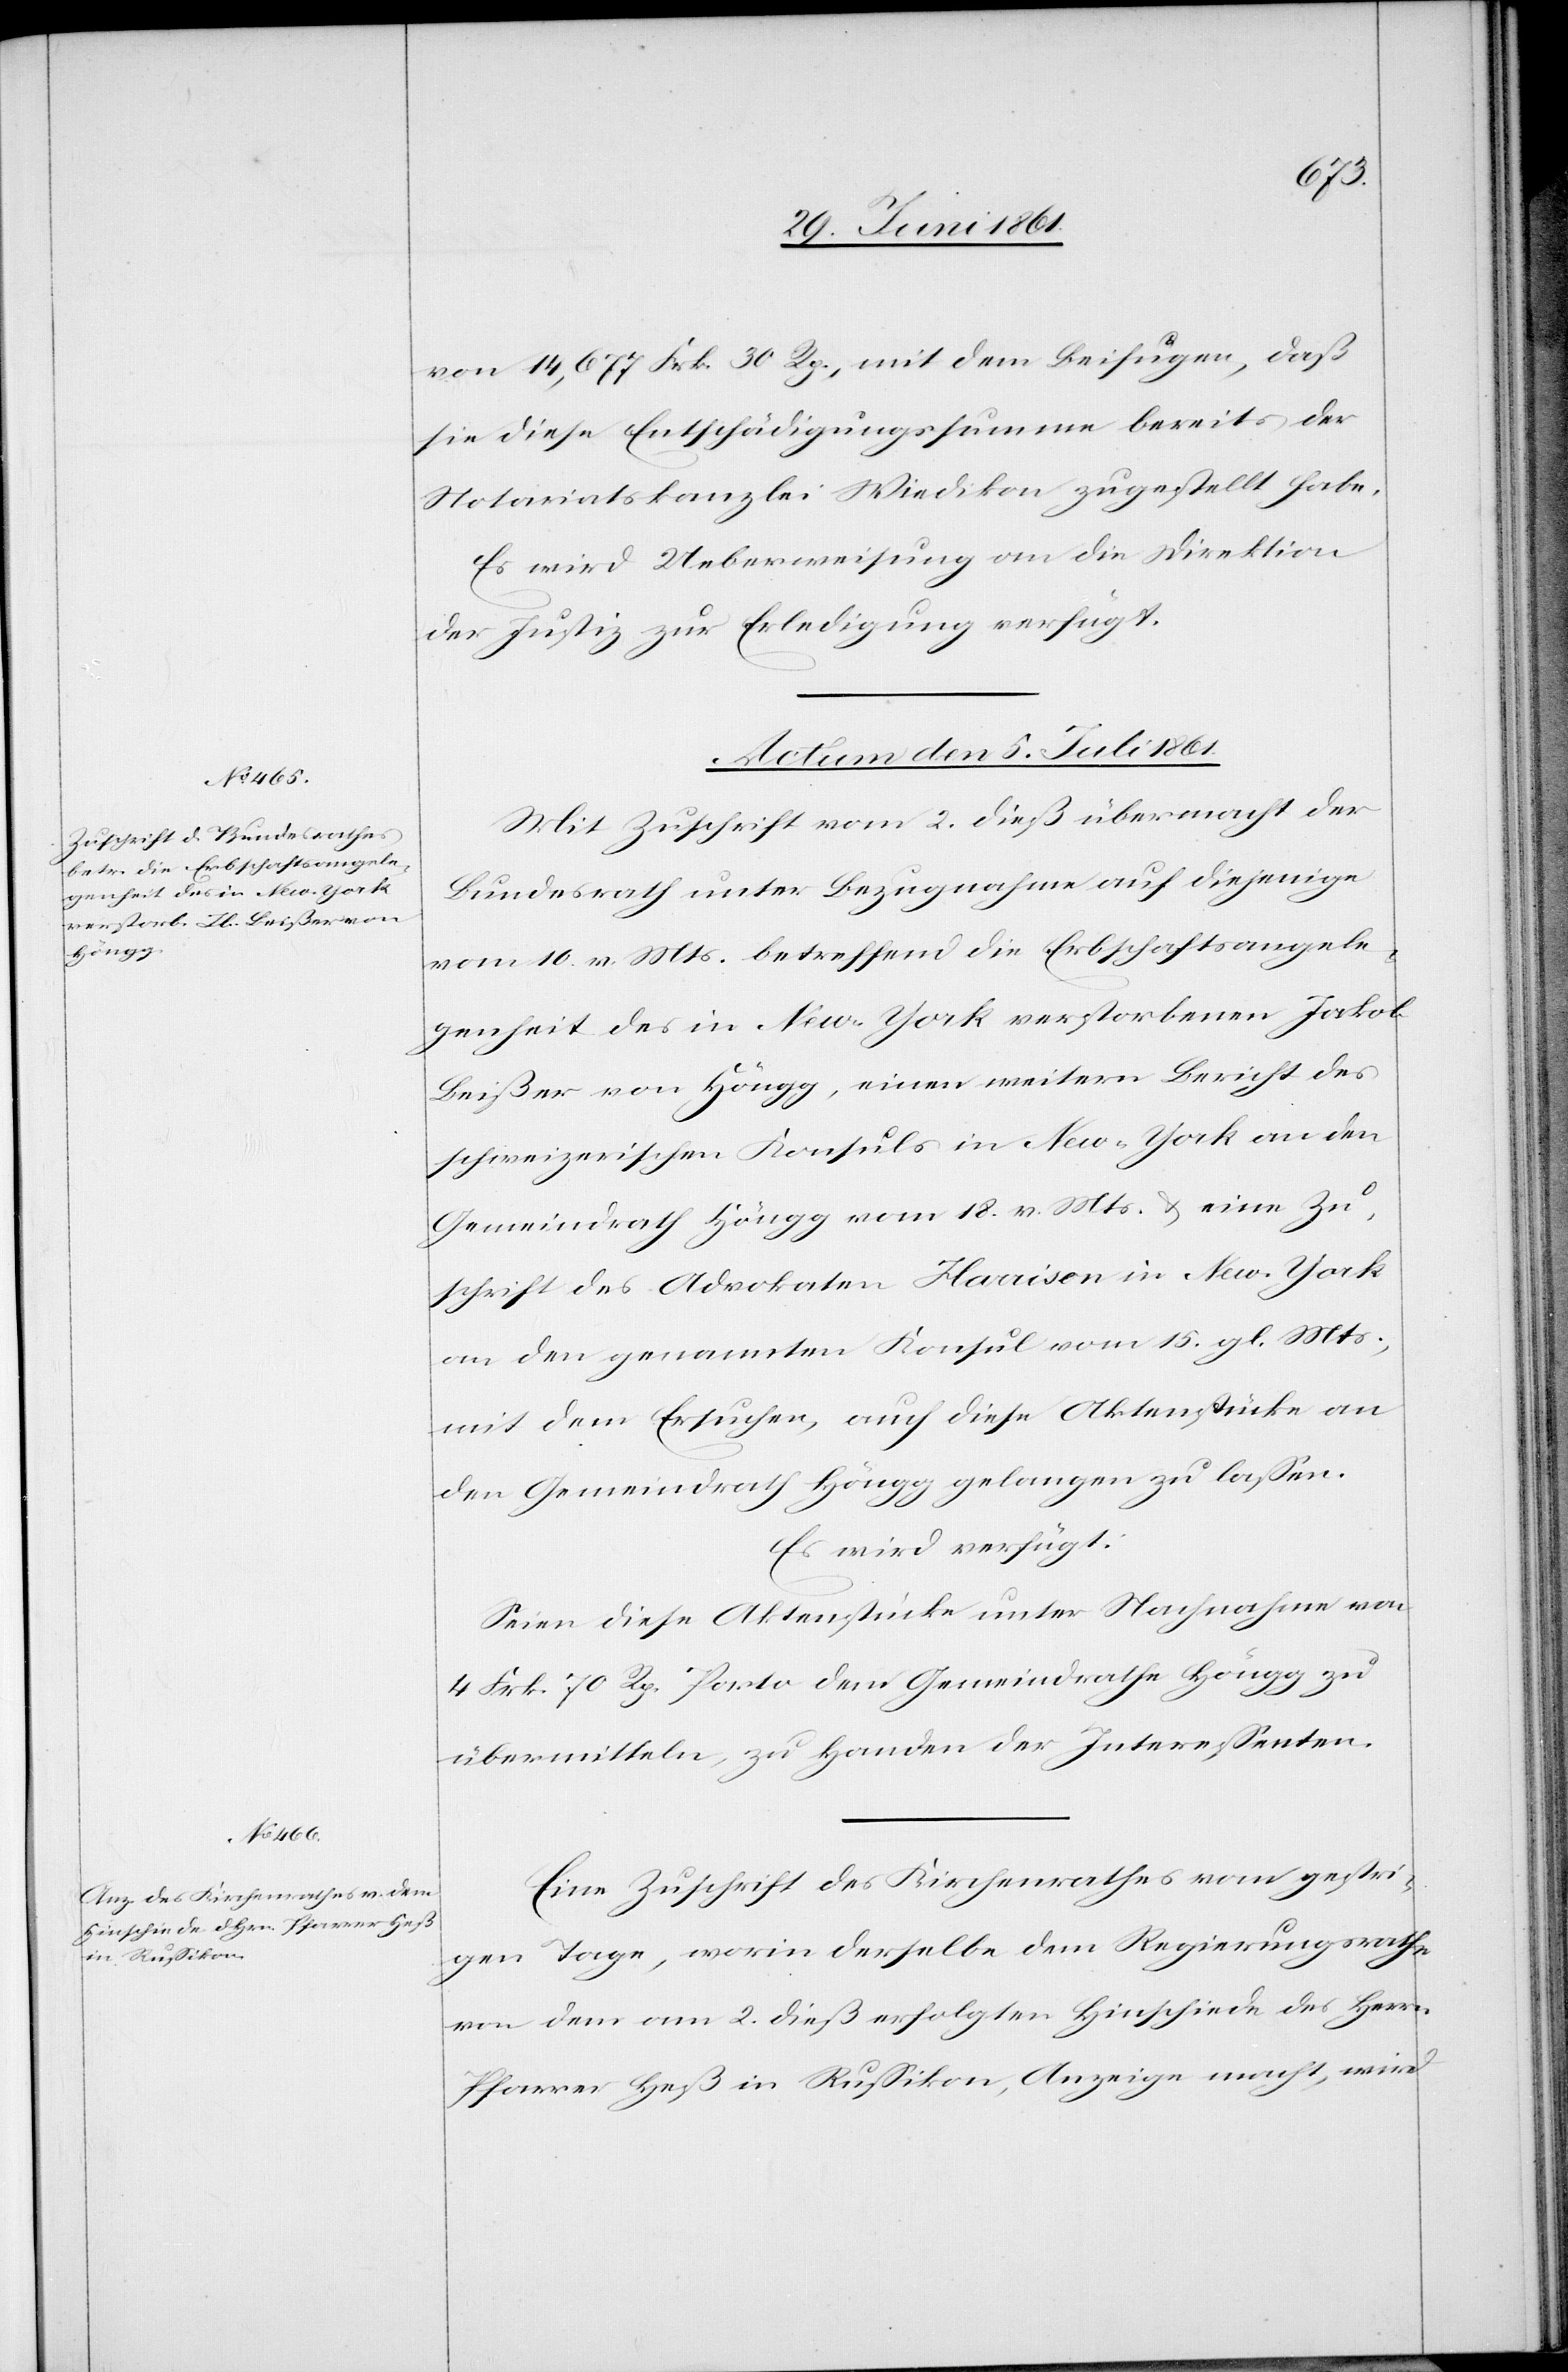
von 14,677 Frk. 30 Rp., mit dem Befügen, daß
sie diese Entschädigungssumme bereits der
Notariatskanzlei Wiedikon zugestellt habe.
Es wird Ueberweisung an die Direktion
der Justiz zur Erledigung verfügt.
Actum den 5. Juli 1861.]
Mit Zuschrift vom 2. dieß übermacht der
Bundesrath unter Bezugnahme auf diejenige
vom 10. v. Mts. betreffend die Erbschaftsangele¬
genheit des in New-York verstorbenen Jakob
Beißer von Höngg, einen weitern Bericht des
schweizerischen Konsuls in New-York an den
Gemeindrath Höngg vom 18. v. Mts. u. eine Zu¬
schrift des Advokaten Haraisen in New-York
an den genannten Konsul vom 15. gl. Mts.,
mit dem Ersuchen, auch diese Aktenstücke an
den Gemeindrath Höngg gelangen zu lassen.
Es wird verfügt:
Seien diese Aktenstücke unter Nachnahme von
4 Frk. 70 Rp. Porto dem Gemeindrathe Höngg zu
übermitteln, zu Handen der Interessenten.
Eine Zuschrift des Kirchenrathes vom gestri¬
gen Tage, worin derselbe dem Regierungsrathe
von dem am 2. dieß erfolgten Hinschiede des Herrn
Pfarrer Heß in Russikon, Anzeige macht, wird